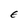
Character: E